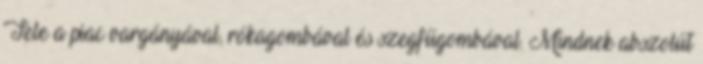
Tele a piac vargányával, rókagombával és szegfűgombával. Mindnek abszolút